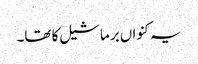
یہ کنواں برما شیل کا تھا۔